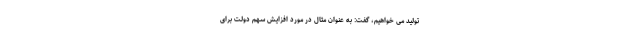
تولید می خواهیم، گفت: به عنوان مثال در مورد افزایش سهم دولت برای